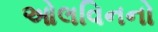
ઓલવિનનો